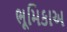
ભૂમિકાઅ